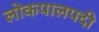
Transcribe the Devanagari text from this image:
लोकपालपदी